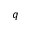
q